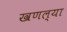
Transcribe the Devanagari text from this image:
खणल्या